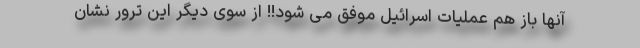
آنها باز هم عملیات اسرائیل موفق می شود!! از سوی دیگر این ترور نشان